Civil Veterinary Dept. Bombay admin report 1914-1922 - 1914-1922
Year: 1914
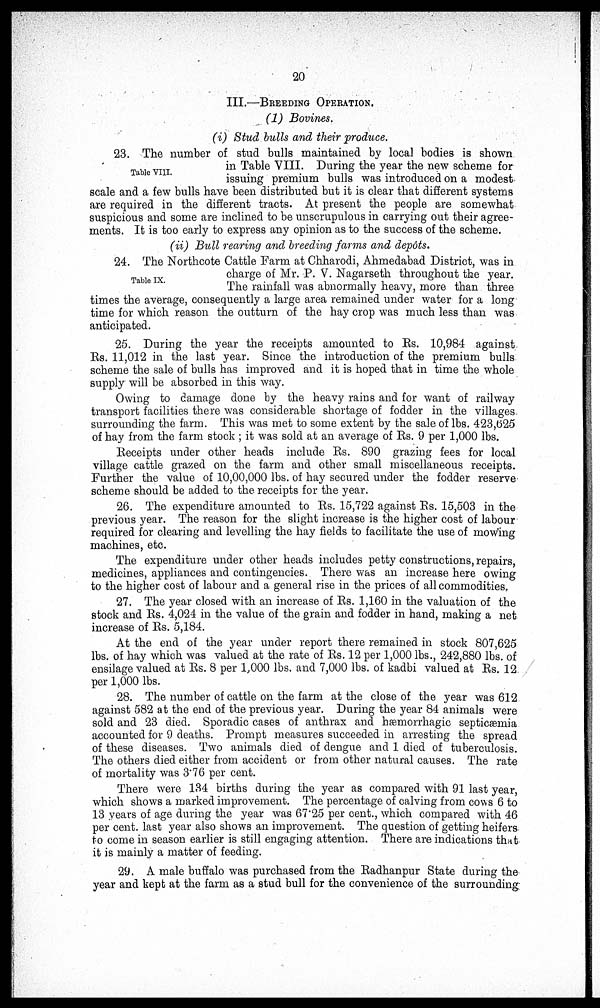
20
III.—BREEDING OPERATION.
(1) Bovines.
(i) Stud bulls and their produce.
Table VIII.
23. The number of stud bulls maintained by local bodies is shown
in Table VIII. During the year the new scheme for
issuing premium bulls was introduced on a modest
scale and a few bulls have been distributed but it is clear that different systems
are required in the different tracts. At present the people are somewhat
suspicious and some are inclined to be unscrupulous in carrying out their agree-
ments. It is too early to express any opinion as to the success of the scheme.
(ii) Bull rearing and breeding farms and depôts.
Table IX.
24. The Northcote Cattle Farm at Chharodi, Ahmedabad District, was in
charge of Mr. P. V. Nagarseth throughout the year.
The rainfall was abnormally heavy, more than three
times the average, consequently a large area remained under water for a long
time for which reason the outturn of the hay crop was much less than was
anticipated.
25. During the year the receipts amounted to Rs. 10,984 against
Rs. 11,012 in the last year. Since the introduction of the premium bulls
scheme the sale of bulls has improved and it is hoped that in time the whole
supply will be absorbed in this way.
Owing to damage done by the heavy rains and for want of railway
transport facilities there was considerable shortage of fodder in the villages
surrounding the farm. This was met to some extent by the sale of lbs. 423,625
of hay from the farm stock ; it was sold at an average of Rs. 9 per 1,000 lbs.
Receipts under other heads include Rs. 890 grazing fees for local
village cattle grazed on the farm and other small miscellaneous receipts.
Further the value of 10,00,000 lbs. of hay secured under the fodder reserve
scheme should be added to the receipts for the year.
26. The expenditure amounted to Rs. 15,722 against Rs. 15,503 in the
previous year. The reason for the slight increase is the higher cost of labour
required for clearing and levelling the hay fields to facilitate the use of mowing
machines, etc.
The expenditure under other heads includes petty constructions, repairs,
medicines, appliances and contingencies. There was an increase here owing
to the higher cost of labour and a general rise in the prices of all commodities.
27. The year closed with an increase of Rs. 1,160 in the valuation of the
stock and Rs. 4,024 in the value of the grain and fodder in hand, making a net
increase of Rs. 5,184.
At the end of the year under report there remained in stock 807,625
lbs. of hay which was valued at the rate of Rs. 12 per 1,000 lbs., 242,880 lbs. of
ensilage valued at Rs. 8 per 1,000 lbs. and 7,000 lbs. of kadbi valued at Rs. 12
per 1,000 lbs.
28. The number of cattle on the farm at the close of the year was 612
against 582 at the end of the previous year. During the year 84 animals were
sold and 23 died. Sporadic cases of anthrax and Hæmorrhagic septicæmia accounted for 9 d
of these diseases. Two animals died of dengue and 1 died of tuberculosis.
The others died either from accident or from other natural causes. The rate
of mortality was 3.76 per cent.
There were 134 births during the year as compared with 91 last year,
which shows a marked improvement. The percentage of calving from cows 6 to
13 years of age during the year was 67.25 per cent., which compared with 46
per cent. last year also shows an improvement. The question of getting heifers
to come in season earlier is still engaging attention. There are indications that
it is mainly a matter of feeding.
29. A male buffalo was purchased from the Radhanpur State during the
year and kept at the farm as a stud bull for the convenience of the surrounding